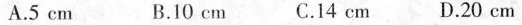
A.5cm B.10cm C.14cm D.20cm